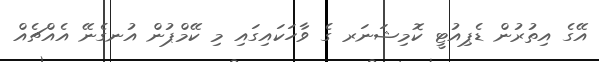
އޭގެ އިތުރުން ޑެޕިއުޓީ ކޮމިޝަނަރ ގެ ވާހަކައިގައި މި ކޭމްޕުން އުނގެނޭ އެއްޗެއް